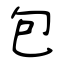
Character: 包